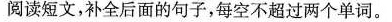
阅读短文,补全后面的句子,每空不超过两个单词.